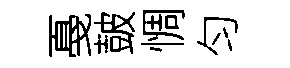
戞皷惆匀